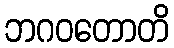
ဘဂဝတောတိ